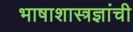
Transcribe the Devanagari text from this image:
भाषाशास्त्रज्ञांची